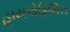
હાયપોફિસિસ